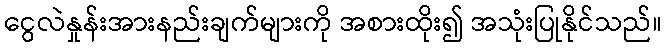
ငွေလဲနှုန်းအားနည်းချက်များကို အစားထိုး၍ အသုံးပြုနိုင်သည်။